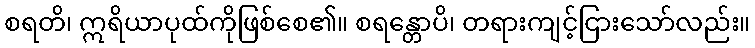
စရတိ၊ ဣရိယာပုထ်ကိုဖြစ်စေ၏။ စရန္တောပိ၊ တရားကျင့်ငြားသော်လည်း။